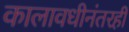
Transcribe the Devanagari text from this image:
कालावधीनंतरही